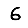
Digit: 6